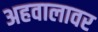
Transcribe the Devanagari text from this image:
अहवालावर